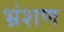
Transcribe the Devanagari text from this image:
भ्रंशण